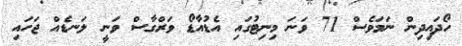
ހޯދައިދިން ނަމަވެސް 71 ވަނަ މިނިޓުގައި އެޑުއާޑޯ ވަރްގާސް ވަނީ ލަނޑެއް ޖަހައި